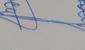
Signature authenticity: genuine